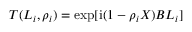
T ( L _ { i } , \rho _ { i } ) = \exp [ \mathrm { i } ( 1 - \rho _ { i } X ) B L _ { i } ]